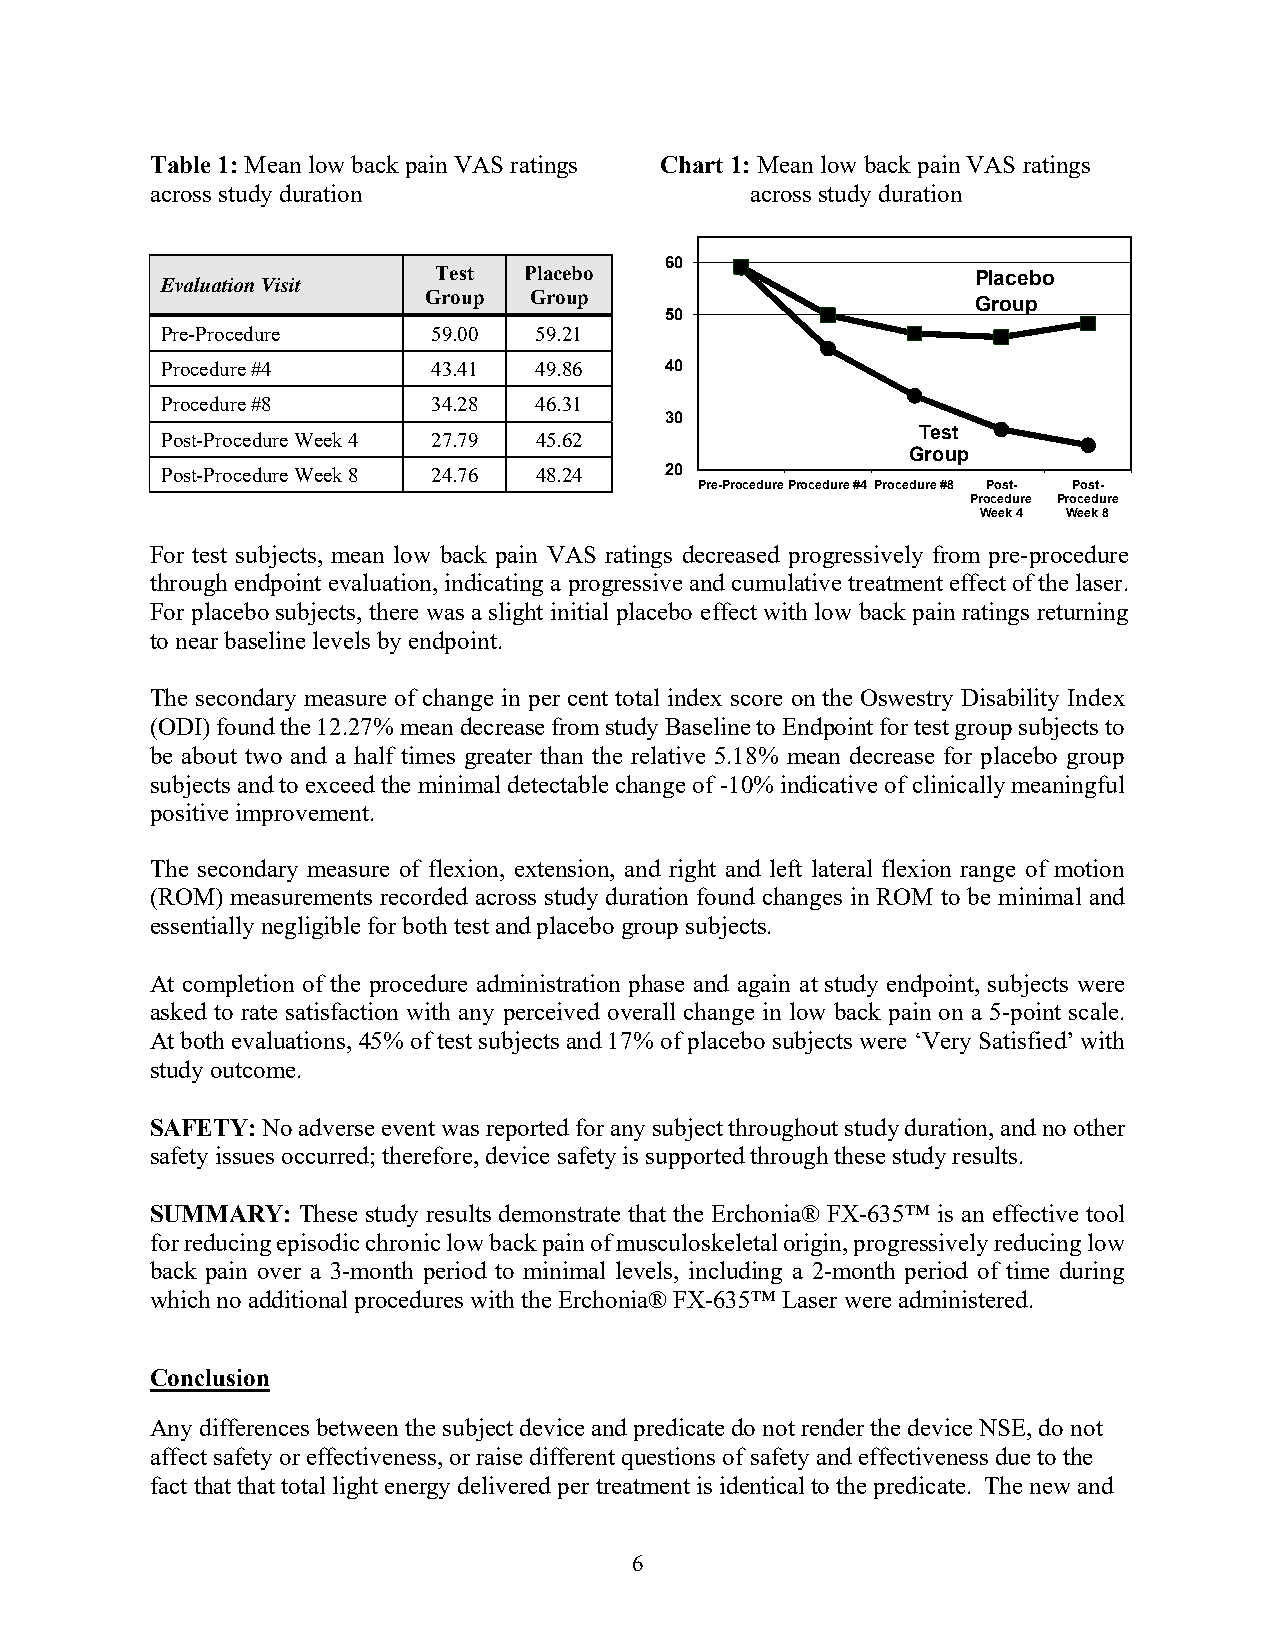
Table 1: Mean low back pain VAS ratings Chart 1: Mean low back pain VAS ratings
 across study duration                   across study duration
 60
 Test  Placebo                       Placebo
 Evaluation Visit
 Group  Group
 Group
 50
 Pre-Procedure     59.00 59.21
 Procedure #4      43.41 49.86    40
 Procedure #8      34.28 46.31
 30
 Test
 Post-Procedure Week 4 27.79 45.62
 Group
 Post-Procedure Week 8 24.76 48.24 20
 Pre-ProcedureProcedure #4 Procedure #8 Post- Post-
 Procedure Procedure
 Week 4 Week 8
 For test subjects, mean low back pain VAS ratings decreased progressively from pre-procedure
 through endpoint evaluation, indicating a progressive and cumulative treatment effect of the laser.
 For placebo subjects, there was a slight initial placebo effect with low back pain ratings returning
 to near baseline levels by endpoint.
 The secondary measure of change in per cent total index score on the Oswestry Disability Index
 (ODI) found the 12.27% mean decrease from study Baseline to Endpoint for test group subjects to
 be about two and a half times greater than the relative 5.18% mean decrease for placebo group
 subjects and to exceed the minimal detectable change of -10% indicative of clinically meaningful
 positive improvement.
 The secondary measure of flexion, extension, and right and left lateral flexion range of motion
 (ROM) measurements recorded across study duration found changes in ROM to be minimal and
 essentially negligible for both test and placebo group subjects.
 At completion of the procedure administration phase and again at study endpoint, subjects were
 asked to rate satisfaction with any perceived overall change in low back pain on a 5-point scale.
 At both evaluations, 45% of test subjects and 17% of placebo subjects were ‘Very Satisfied’ with
 study outcome.
 SAFETY: No adverse event was reported for any subject throughout study duration, and no other
 safety issues occurred; therefore, device safety is supported through these study results.
 SUMMARY:  These study results demonstrate that the Erchonia® FX-635™ is an effective tool
 for reducing episodic chronic low back pain of musculoskeletal origin, progressively reducing low
 back pain over a 3-month period to minimal levels, including a 2-month period of time during
 which no additional procedures with the Erchonia® FX-635™ Laser were administered.
 Conclusion
 Any differences between the subject device and predicate do not render the device NSE, do not
 affect safety or effectiveness, or raise different questions of safety and effectiveness due to the
 fact that that total light energy delivered per treatment is identical to the predicate. The new and
 6